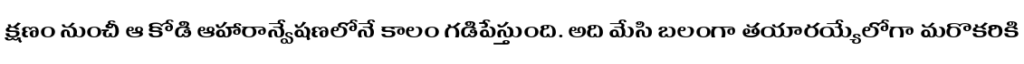
క్షణం నుంచీ ఆ కోడి ఆహారాన్వేషణలోనే కాలం గడిపేస్తుంది. అది మేసి బలంగా తయారయ్యేలోగా మరొకరికి